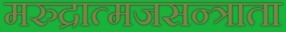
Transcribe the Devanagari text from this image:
मरुद्रात्मजसन्त्राता